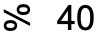
% 40